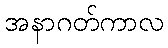
အနာဂတ်ကာလ